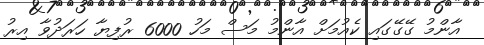
އާންމު ގޭގޭގައި ކެއުމަށް އާންމު މަސް މަހު 6000 ރުފިޔާ ހަރަދުވާ އިރު